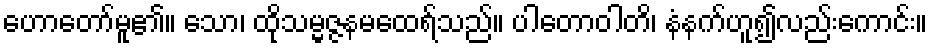
ဟောတော်မူ၏။ သော၊ ထိုသမ္မဇ္ဇနမထေရ်သည်။ ပါတောဝါတိ၊ နံနက်ဟူ၍လည်းကောင်း။